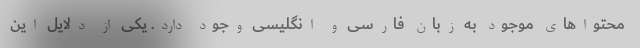
محتواهای موجود به زبان فارسی و انگلیسی وجود دارد. یکی از دلایل این